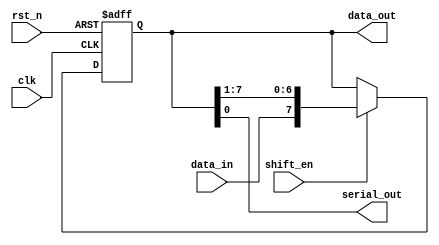
// This program was cloned from: https://github.com/RomeoMe5/DDLM
// License: MIT License



module shift_reg
#(
  parameter WIDTH=8
)
(
 input                  clk,
 input                  rst_n,
 input                  data_in,
 input                  shift_en,
 
 output reg [WIDTH-1:0] data_out,
 output                 serial_out      
 );

      
   always@(posedge clk or negedge rst_n)
     begin
        if(!rst_n)
          data_out <= {WIDTH{1'b0}};
        else if(shift_en)
          data_out <= {data_in,data_out[WIDTH-1:1]};
     end
   
   assign serial_out = data_out[0];
   
endmodule